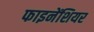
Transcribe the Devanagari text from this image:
फाइनेंशियर